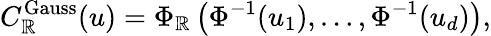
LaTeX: C_{\mathbb{R}}^{\mathrm{{Gauss}}}(u)=\Phi_{\mathbb{R}}\left(\Phi^{-1}(u_{1}),\dots,\Phi^{-1}(u_{d})\right),